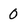
Character: 0